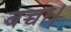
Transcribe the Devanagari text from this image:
बच्चा।